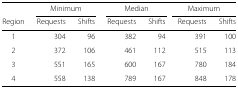
<table><thead><tr><td></td><td colspan="2"><b>Minimum</b></td><td colspan="2"><b>Median</b></td><td colspan="2"><b>Maximum</b></td></tr><tr><td><b>Region</b></td><td><b>Requests</b></td><td><b>Shifts</b></td><td><b>Requests</b></td><td><b>Shifts</b></td><td><b>Requests</b></td><td><b>Shifts</b></td></tr></thead><tbody><tr><td>1</td><td>304</td><td>96</td><td>382</td><td>94</td><td>391</td><td>100</td></tr><tr><td>2</td><td>372</td><td>106</td><td>461</td><td>112</td><td>515</td><td>113</td></tr><tr><td>3</td><td>551</td><td>165</td><td>600</td><td>167</td><td>780</td><td>184</td></tr><tr><td>4</td><td>558</td><td>138</td><td>789</td><td>167</td><td>848</td><td>178</td></tr></tbody></table>